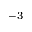
^ { - 3 }